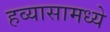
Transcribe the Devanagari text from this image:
हव्यासामध्ये